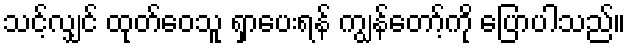
သင့်လျှင် ထုတ်ဝေသူ ရှာပေးရန် ကျွန်တော့်ကို ပြောပါသည်။